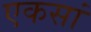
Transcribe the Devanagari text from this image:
एकसां